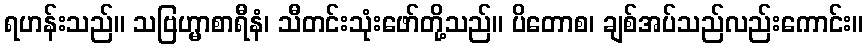
ရဟန်းသည်။ သဗြဟ္မာစာရီနံ၊ သီတင်းသုံးဖော်တို့သည်။ ပိတောစ၊ ချစ်အပ်သည်လည်းကောင်း။